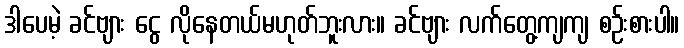
ဒါပေမဲ့ ခင်ဗျား ငွေ လိုနေတယ်မဟုတ်ဘူးလား။ ခင်ဗျား လက်တွေ့ကျကျ စဉ်းစားပါ။